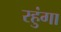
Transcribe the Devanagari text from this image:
रहुंगा